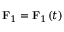
\mathbf { F } _ { 1 } = \mathbf { F } _ { 1 } ( t )